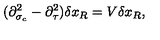
( \partial _ { \sigma _ { c } } ^ { 2 } - \partial _ { \tau } ^ { 2 } ) \delta x _ { R } = V \delta x _ { R } ,